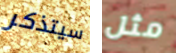
سيتذكر مثل